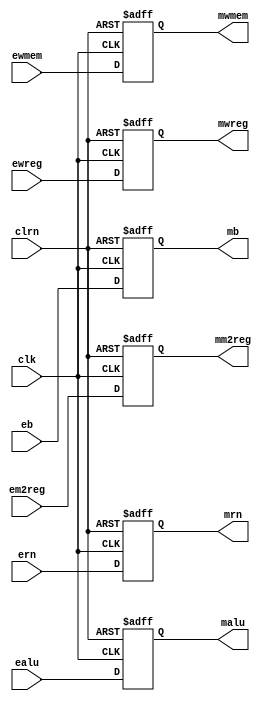
module pipeemreg (ewreg,em2reg,ewmem,ealu,eb,ern,clk,clrn,mwreg,mm2reg,mwmem,malu,mb,mrn);

    input clk,clrn;
	 input [4:0] ern;
    input [31:0] ealu,eb;
    input ewreg,em2reg,ewmem;

    output [31:0] malu,mb;
    output [4:0] mrn;
    output mwreg,mm2reg,mwmem;
	 
	 reg [31:0] malu,mb;
	 reg [4:0] mrn;
	 reg mwreg,mm2reg,mwmem;
    
    always @ (negedge clrn or posedge clk)
		begin
		if (clrn == 0) 
			begin
			mwreg <= 0;
			mm2reg <= 0;
			mwmem <= 0;
			malu <= 0;
			mb <= 0;
			mrn <= 0;
			end 
		else 
			begin
			mwreg <= ewreg;
			mm2reg <= em2reg;
			mwmem <= ewmem;
			malu <= ealu;
			mb <= eb;
			mrn <= ern;
			end
		end
		
endmodule